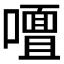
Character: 𭋢